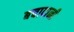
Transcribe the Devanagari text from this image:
बचादानी